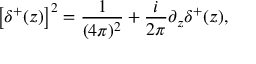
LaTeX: \left[ \delta ^ { + } ( z ) \right] ^ { 2 } = \frac { 1 } { ( 4 \pi ) ^ { 2 } } + \frac { i } { 2 \pi } \partial _ { z } \delta ^ { + } ( z ) ,